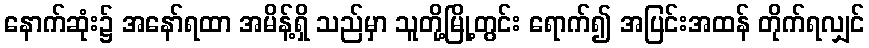
နောက်ဆုံး၌ အနော်ရထာ အမိန့်ရှိ သည်မှာ သူတို့မြို့တွင်း ရောက်၍ အပြင်းအထန် တိုက်ရလျှင်